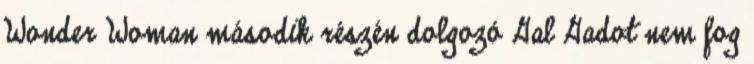
Wonder Woman második részén dolgozó Gal Gadot nem fog